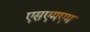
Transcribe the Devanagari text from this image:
एसएमएम